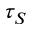
\tau _ { S }